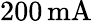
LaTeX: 200\, \mathrm{mA}